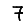
Digit: 7